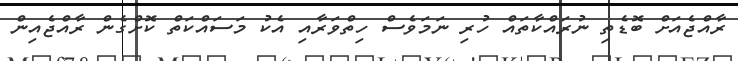
ރާއްޖެއަށް ބޮޑެތި ނުރައްކާތައް ހުރި ނަމަވެސް ހިތްވަރާއި އެކު މަސައްކަތް ކޮށްގެން ރާއްޖެއިން